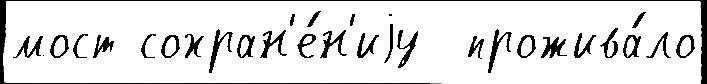
мост сохран'е́н'иjу  прожива́ло